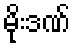
မိုးဒဏ်